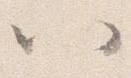
以